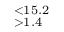
^ { < 1 5 . 2 } _ { > 1 . 4 }